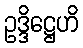
ဥဒ္ဒိဋ္ဌေဟိ